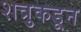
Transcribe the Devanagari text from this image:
शत्रुकडून